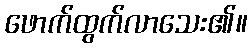
ဖောက်ထွက်လာသေး၏။